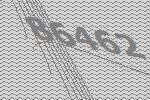
86462